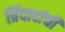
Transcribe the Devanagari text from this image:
त्रिंदादांची